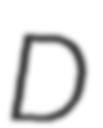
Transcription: D